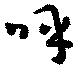
呼